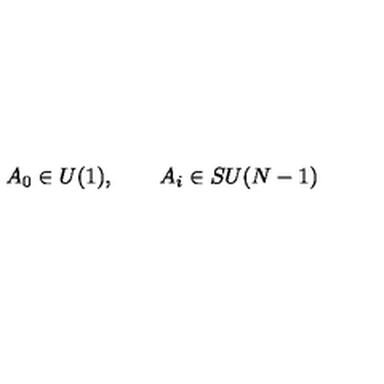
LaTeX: A _ { 0 } \in U ( 1 ) , \qquad A _ { i } \in S U ( N - 1 )